Document type: Sale
Year: 1439
Scribe: Arnau d'Illes
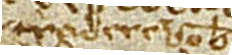
tradere vobis